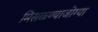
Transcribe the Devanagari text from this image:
मिसळण्याजोग्या